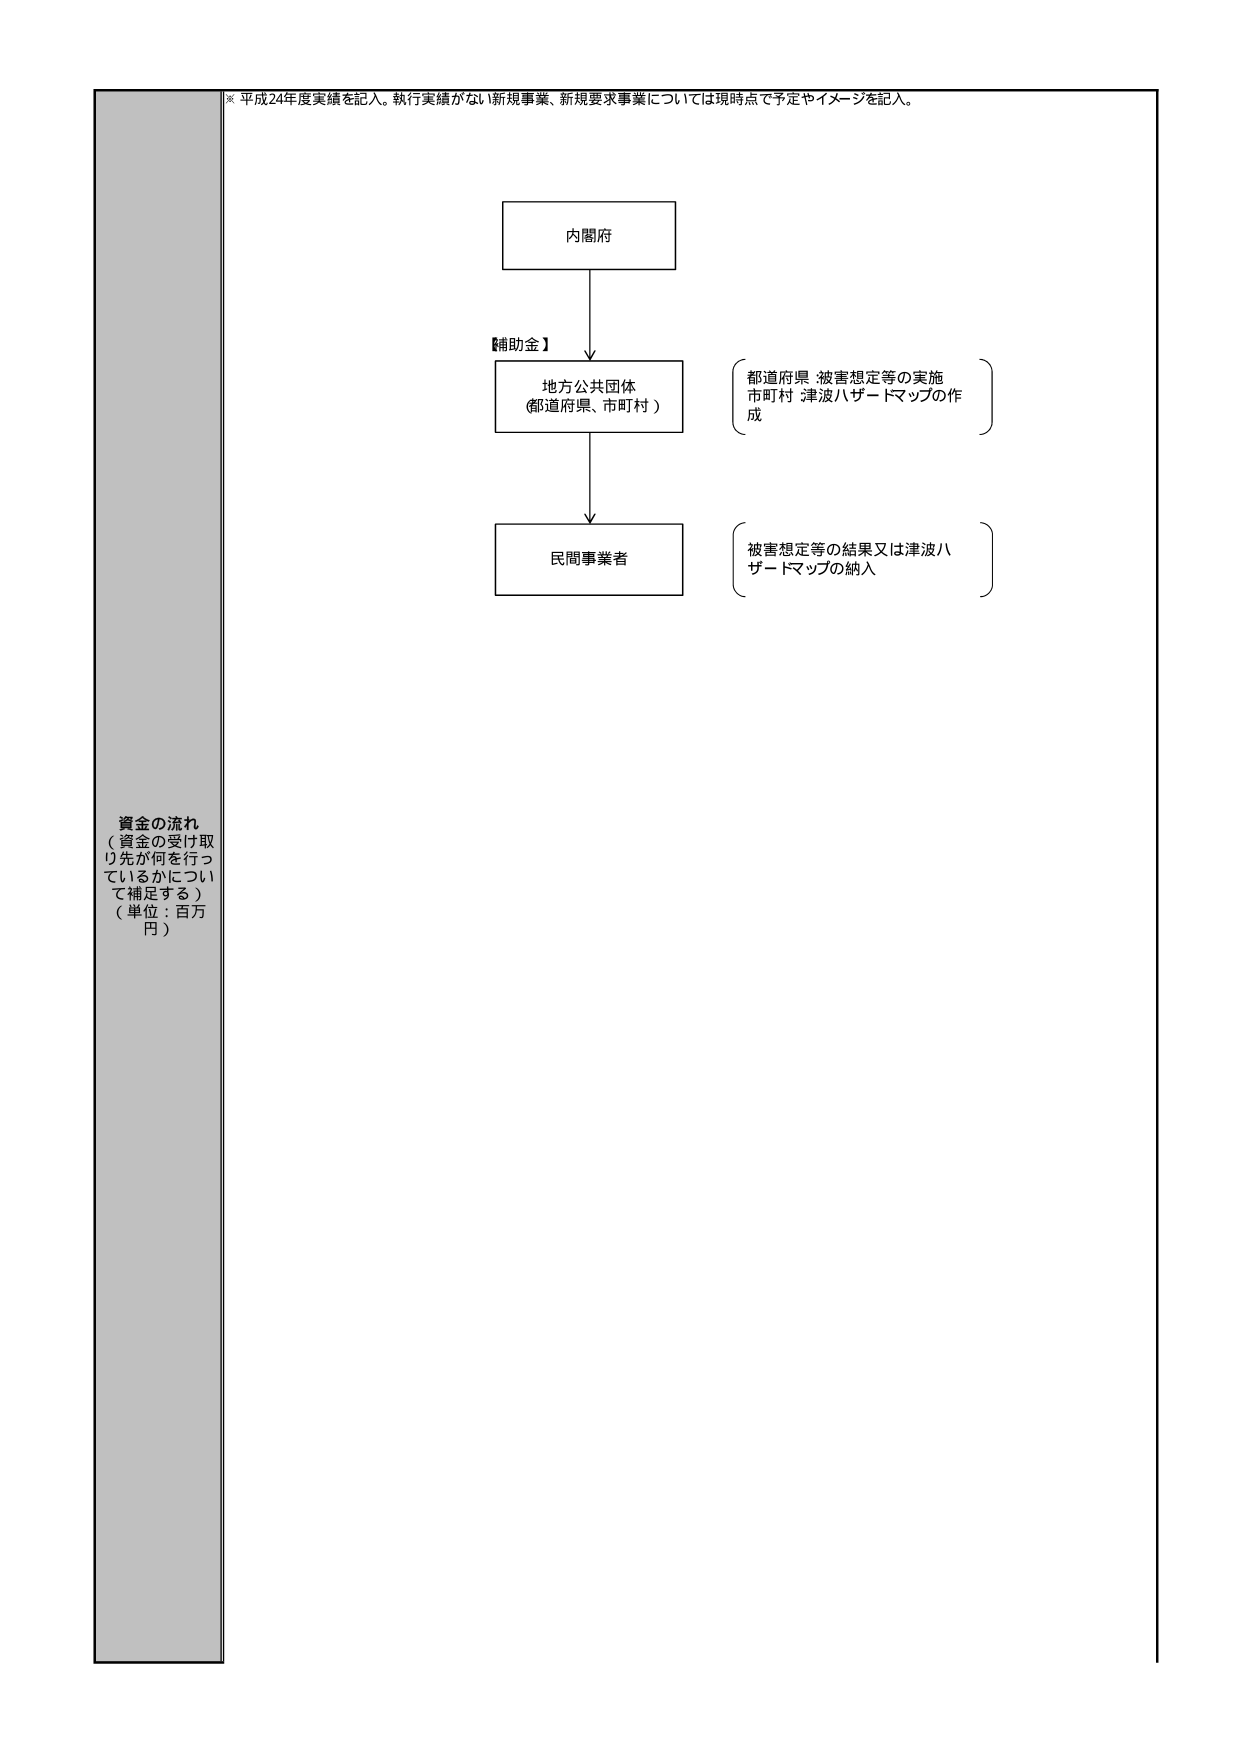
※ 平成24年度実績を記入。執行実績がない新規事業、新規要求事業については現時点で予定やイメージを記入。

資金の流れ
（資金の受け取り先が何を行っているかについて補足する）
（単位：百万円）

内閣府

【補助金】

地方公共団体
（都道府県、市町村）

都道府県 被害想定等の実施
市町村 津波ハザードマップの作成

民間事業者

被害想定等の結果又は津波ハザードマップの納入